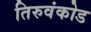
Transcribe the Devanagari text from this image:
तिरुवंकोड